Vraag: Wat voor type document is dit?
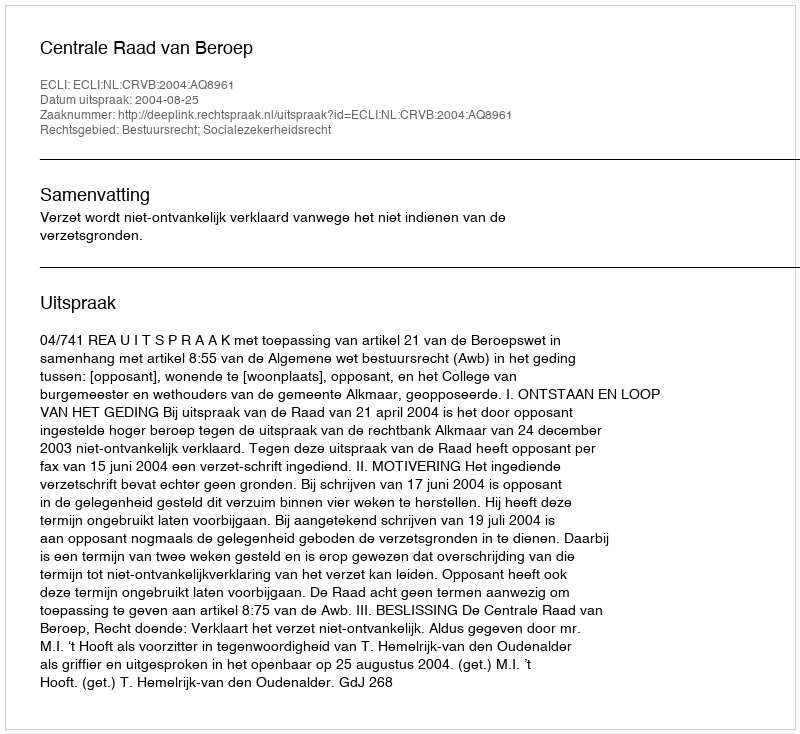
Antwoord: Uitspraak